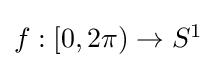
{\textstyle f:[0,2\pi )\to S^{1}}